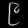
Digit: ၉